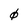
Character: 0